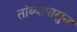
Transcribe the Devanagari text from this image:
तांब्यापासुन